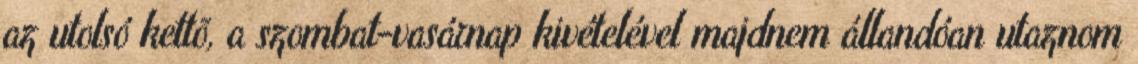
az utolsó kettõ, a szombat-vasárnap kivételével majdnem állandóan utaznom